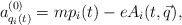
\begin{align*}a^{(0)}_{q_i(t)}= m p_i(t)- e A_i(t,\vec q),\end{align*}